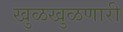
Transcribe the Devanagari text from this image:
खुळखुळणारी